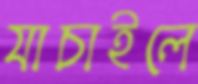
যাচাইলে